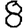
Digit: 8